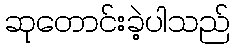
ဆုတောင်းခဲ့ပါသည်